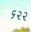
૬૨૨